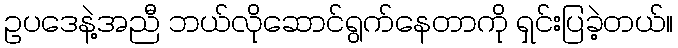
ဥပဒေနဲ့အညီ ဘယ်လိုဆောင်ရွက်နေတာကို ရှင်းပြခဲ့တယ်။